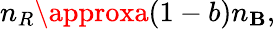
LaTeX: n_{R}\approxa(1-b)n_{\mathbf{B}},